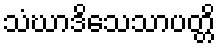
သံဃာဒိသေသာပတ္တိ